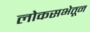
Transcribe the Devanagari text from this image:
लोकसभेतून